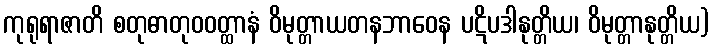
ကုရုရာဇာတိ စတုဓာတုဝဝတ္ထာနံ ဝိမုတ္တာယတနဘာဝေန ပဋိပဒါနုတ္တိယ၊ ဝိမုတ္တာနုတ္တိယ)